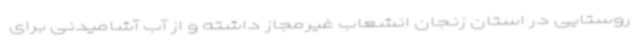
روستایی در استان زنجان انشعاب غیرمجاز داشته و از آب آشامیدنی برای